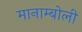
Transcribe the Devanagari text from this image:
मानाम्बोली